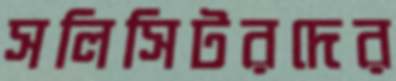
সলিসিটরদের